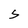
Character: S